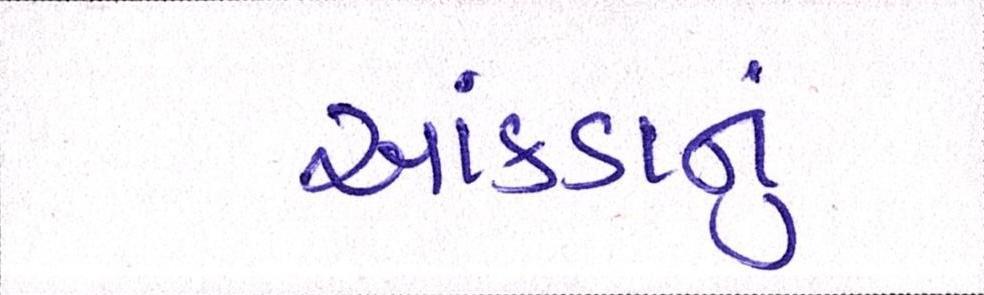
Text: આંકડાનું